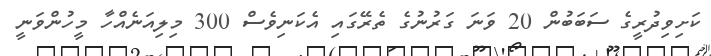
ކަށިވިދުރީގެ ސަބަބުން 20 ވަނަ ގަރުނުގެ ތެރޭގައި އެކަނިވެސް 300 މިލިއަނެއްހާ މީހުންވަނީ